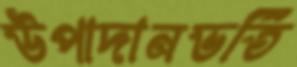
উপাদানভর্তি